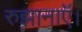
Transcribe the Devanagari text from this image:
रुझानाऍ।